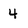
Character: 4